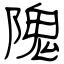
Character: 隗